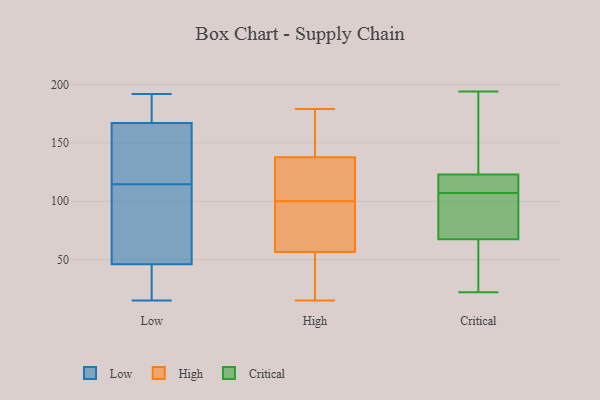
{"axis": {"x": "Latency (ms)", "y": "Value"}, "legend": ["Critical", "High", "Low"], "data": [{"x": "", "y": 38, "type": "Low"}, {"x": "", "y": 160, "type": "Low"}, {"x": "", "y": 140, "type": "Low"}, {"x": "", "y": 40, "type": "Low"}, {"x": "", "y": 89, "type": "Low"}, {"x": "", "y": 192, "type": "Low"}, {"x": "", "y": 191, "type": "Low"}, {"x": "", "y": 15, "type": "Low"}, {"x": "", "y": 148, "type": "Low"}, {"x": "", "y": 67, "type": "Low"}, {"x": "", "y": 174, "type": "Low"}, {"x": "", "y": 52, "type": "Low"}, {"x": "", "y": 15, "type": "High"}, {"x": "", "y": 39, "type": "High"}, {"x": "", "y": 179, "type": "High"}, {"x": "", "y": 131, "type": "High"}, {"x": "", "y": 100, "type": "High"}, {"x": "", "y": 139, "type": "High"}, {"x": "", "y": 88, "type": "High"}, {"x": "", "y": 53, "type": "High"}, {"x": "", "y": 87, "type": "High"}, {"x": "", "y": 164, "type": "High"}, {"x": "", "y": 178, "type": "High"}, {"x": "", "y": 132, "type": "High"}, {"x": "", "y": 117, "type": "High"}, {"x": "", "y": 134, "type": "High"}, {"x": "", "y": 96, "type": "High"}, {"x": "", "y": 67, "type": "High"}, {"x": "", "y": 146, "type": "High"}, {"x": "", "y": 18, "type": "High"}, {"x": "", "y": 29, "type": "High"}, {"x": "", "y": 117, "type": "Critical"}, {"x": "", "y": 22, "type": "Critical"}, {"x": "", "y": 125, "type": "Critical"}, {"x": "", "y": 59, "type": "Critical"}, {"x": "", "y": 117, "type": "Critical"}, {"x": "", "y": 103, "type": "Critical"}, {"x": "", "y": 134, "type": "Critical"}, {"x": "", "y": 45, "type": "Critical"}, {"x": "", "y": 93, "type": "Critical"}, {"x": "", "y": 194, "type": "Critical"}, {"x": "", "y": 107, "type": "Critical"}]}